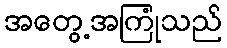
အတွေ့အကြုံသည်